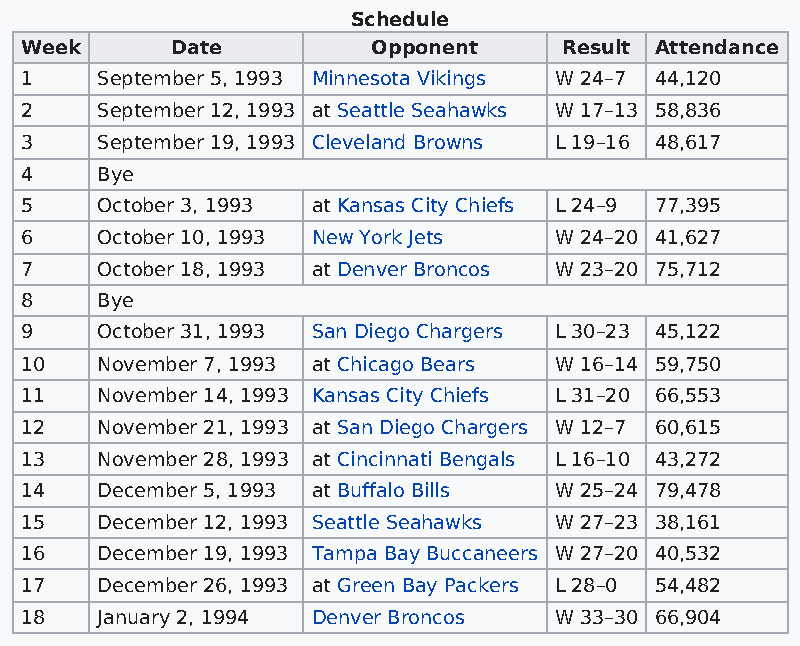
Schedule
 Week      Date          Opponent    Result Attendance
 1    September 5, 1993 Minnesota Vikings W 24–7 44,120
 2    September 12, 1993 at Seattle Seahawks W 17–13 58,836
 3    September 19, 1993 Cleveland Browns L 19–16 48,617
 4    Bye
 5    October 3, 1993 at Kansas City Chiefs L 24–9 77,395
 6    October 10, 1993 New York Jets W 24–20 41,627
 7    October 18, 1993 at Denver Broncos W 23–20 75,712
 8    Bye
 9    October 31, 1993 San Diego Chargers L 30–23 45,122
 10   November 7, 1993 at Chicago Bears W 16–14 59,750
 11   November 14, 1993 Kansas City Chiefs L 31–20 66,553
 12   November 21, 1993 at San Diego Chargers W 12–7 60,615
 13   November 28, 1993 at Cincinnati Bengals L 16–10 43,272
 14   December 5, 1993 at Buffalo Bills W 25–24 79,478
 15   December 12, 1993 Seattle Seahawks W 27–23 38,161
 16   December 19, 1993 Tampa Bay Buccaneers W 27–20 40,532
 17   December 26, 1993 at Green Bay Packers L 28–0 54,482
 18   January 2, 1994 Denver Broncos W 33–30 66,904